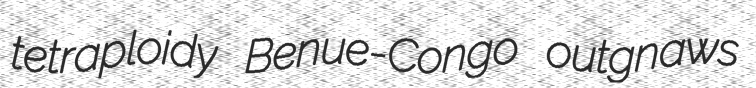
tetraploidy Benue-Congo outgnaws